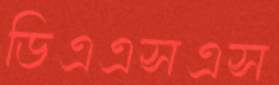
ডিএএসএস